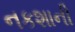
નકશાની